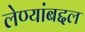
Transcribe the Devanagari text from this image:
लेण्यांबद्दल